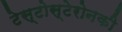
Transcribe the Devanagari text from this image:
टेस्टोस्टेरोनकी